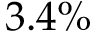
3 . 4 \%